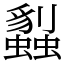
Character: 蠫